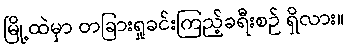
မြို့ထဲမှာ တခြားရှုခင်းကြည့်ခရီးစဉ် ရှိလား။